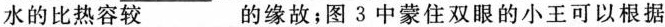
水的比热容较_____ 的缘故；图3中蒙住双眼的小王可以根据